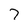
Character: 7